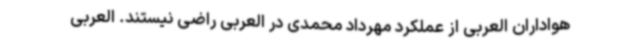
هواداران العربی از عملکرد مهرداد محمدی در العربی راضی نیستند. العربی